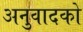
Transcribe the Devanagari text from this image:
अनुवादको